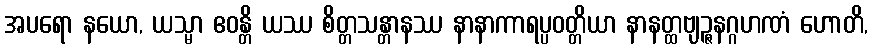
အပရော နယော, ယသ္မာ ဧဝန္တိ ယဿ စိတ္တသန္တာနဿ နာနာကာရပ္ပဝတ္တိယာ နာနတ္ထဗျဉ္ဇနဂ္ဂဟဏံ ဟောတိ,